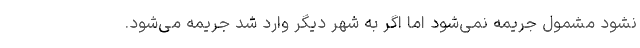
نشود مشمول جریمه نمی‌شود اما اگر به شهر دیگر وارد شد جریمه می‌شود.